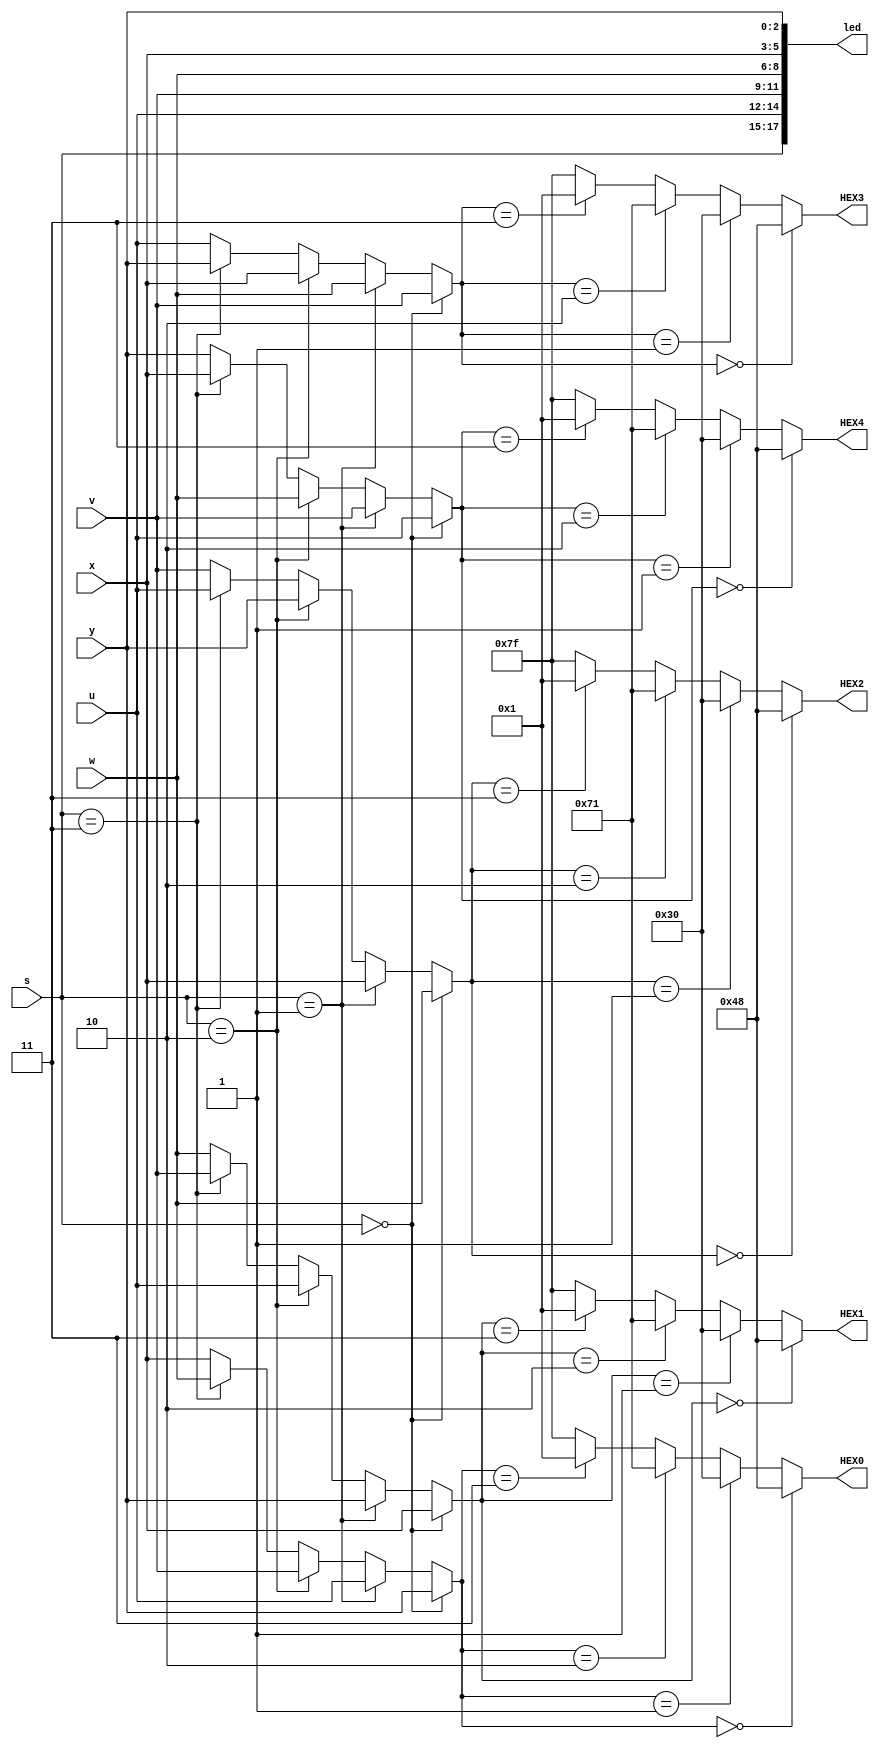

module L2part5(s,u,v,w,x,y,led,HEX0, HEX1, HEX2, HEX3, HEX4);

	input [2:0]s,u,v,w,x,y;
  
   output [0:6]HEX0, HEX1, HEX2, HEX3, HEX4;
   output [17:0]led;
   
   assign led[17:15] = s; // s is order control input
	assign led[14:12] = u; // u is always 000 showing 'H'
	assign led[11:9] = v; // v is always 001 showing 'E'
	assign led[8:6] = w; // w is always 010 showing 'L'
	assign led[5:3] = x; // x is always 010 showing 'L'
	assign led[2:0] = y; // y is always 100 showing 'O'
   
	wire [2:0]m0,m1,m2,m3,m4; // m? is temporay variable showing  alphabet on HEX?
	 
   assign m4 = (s ==3'b000) ? u: //s=000: m4 = 000
               (s ==3'b001) ? v: //s=001: m4 = 001
               (s ==3'b010) ? w: //s=010: m4 = 010
               (s ==3'b011) ? x: //s=011: m4 = 010
				                 	y; //s=100 ~ 111: m4 = 100
               
   assign m3 = (s ==3'b000) ? v: //s=000: m3 = 001
               (s ==3'b001) ? w: //s=001: m3 = 010
               (s ==3'b010) ? x: //s=010: m3 = 010
               (s ==3'b011) ? y: //s=011: m3 = 100
					               u; //s=100 ~ 111: m3 = 000
               
   assign m2 = (s ==3'b000) ? w: //s=000: m2 = 010
               (s ==3'b001) ? x: //s=001: m2 = 010
               (s ==3'b010) ? y: //s=010: m2 = 100
               (s ==3'b011) ? u: //s=011: m2 = 000
					               v; //s=100 ~ 111: m2 = 001
               
   assign m1 = (s ==3'b000) ? x: //s=000: m1 = 010
               (s ==3'b001) ? y: //s=001: m1 = 100
               (s ==3'b010) ? u: //s=010: m1 = 000
               (s ==3'b011) ? v: //s=011: m1 = 001
				               	w; //s=100 ~ 111: m1 = 010
										
   assign m0 = (s ==3'b000) ? y: //s=000: m0 = 100
               (s ==3'b001) ? u: //s=001: m0 = 000
               (s ==3'b010) ? v: //s=010: m0 = 001
               (s ==3'b011) ? w: //s=011: m0 = 010
				               	x; //s=100 ~ 111: m0 = 010
               
   
   assign HEX4 = (m4 ==3'b000) ? 7'b1001000: //if m4 = 000: HEX4 shows 'H'
                 (m4 ==3'b001) ? 7'b0110000: //if m4 = 001: HEX4 shows 'E'
                 (m4 ==3'b010) ? 7'b1110001: //if m4 = 010: HEX4 shows 'L'
                 (m4 ==3'b011) ? 7'b0000001: //if m4 = 011: HEX4 shows 'O'
					                  7'b1111111; //if m4 = 100 ~ 111: HEX4 shows 'blank'
                 
   assign HEX3 = (m3 ==3'b000) ? 7'b1001000: //if m3 = 000: HEX3 shows 'H'
                 (m3 ==3'b001) ? 7'b0110000: //if m3 = 001: HEX3 shows 'E'
                 (m3 ==3'b010) ? 7'b1110001: //if m3 = 010: HEX3 shows 'L'
                 (m3 ==3'b011) ? 7'b0000001: //if m3 = 011: HEX3 shows 'O'
					                  7'b1111111; //if m3 = 100 ~ 111: HEX3 shows 'blank'
                 
   assign HEX2 = (m2 ==3'b000) ? 7'b1001000: //if m2 = 000: HEX2 shows 'H'
                 (m2 ==3'b001) ? 7'b0110000: //if m2 = 001: HEX2 shows 'E'
                 (m2 ==3'b010) ? 7'b1110001: //if m2 = 010: HEX2 shows 'L'
                 (m2 ==3'b011) ? 7'b0000001: //if m2 = 011: HEX2 shows 'O'
					                  7'b1111111; //if m2 = 100 ~ 111: HEX2 shows 'blank'
                 
   assign HEX1 = (m1 ==3'b000) ? 7'b1001000: //if m1 = 000: HEX1 shows 'H'
                 (m1 ==3'b001) ? 7'b0110000: //if m1 = 001: HEX1 shows 'E'
                 (m1 ==3'b010) ? 7'b1110001: //if m1 = 010: HEX1 shows 'L'
                 (m1 ==3'b011) ? 7'b0000001: //if m1 = 011: HEX1 shows 'O'
					                  7'b1111111; //if m1 = 100 ~ 111: HEX1 shows 'blank'
                 
   assign HEX0 = (m0 ==3'b000) ? 7'b1001000: //if m0 = 000: HEX0 shows 'H'
                 (m0 ==3'b001) ? 7'b0110000: //if m0 = 001: HEX0 shows 'E'
                 (m0 ==3'b010) ? 7'b1110001: //if m0 = 010: HEX0 shows 'L'
                 (m0 ==3'b011) ? 7'b0000001: //if m0 = 011: HEX0 shows 'O'
					                  7'b1111111; //if m0 = 100 ~ 111: HEX0 shows 'blank'
					  
endmodule